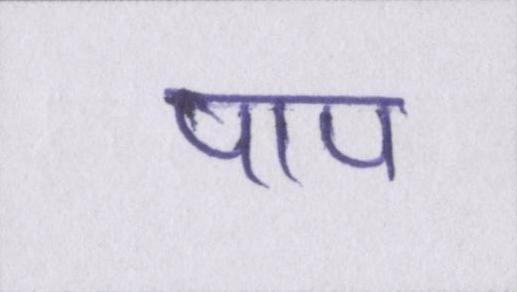
पाप